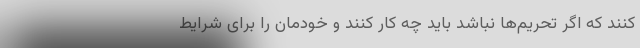
کنند که اگر تحریم‌ها نباشد باید چه کار کنند و خودمان را برای شرایط